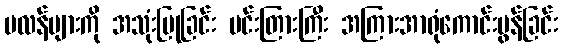
ပလန်များကို အသုံးပြုခြင်း မင်းတြားကြီး အကြားအာရုံကောင်းမွန်ခြင်း